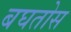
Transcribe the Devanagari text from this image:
बघतोस